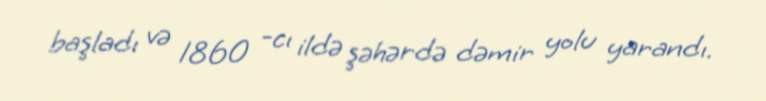
başladı və 1860 -cı ildə şəhərdə dəmir yolu yarandı.